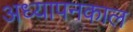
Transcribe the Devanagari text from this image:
अध्यापनकाल